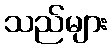
သည်များ